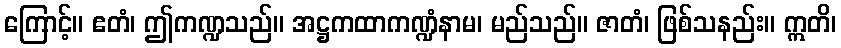
ကြောင့်။ ဧတံ၊ ဤကဏ္ဍသည်။ အဋ္ဌကထာကဏ္ဍံနာမ၊ မည်သည်။ ဇာတံ၊ ဖြစ်သနည်း။ ဣတိ၊